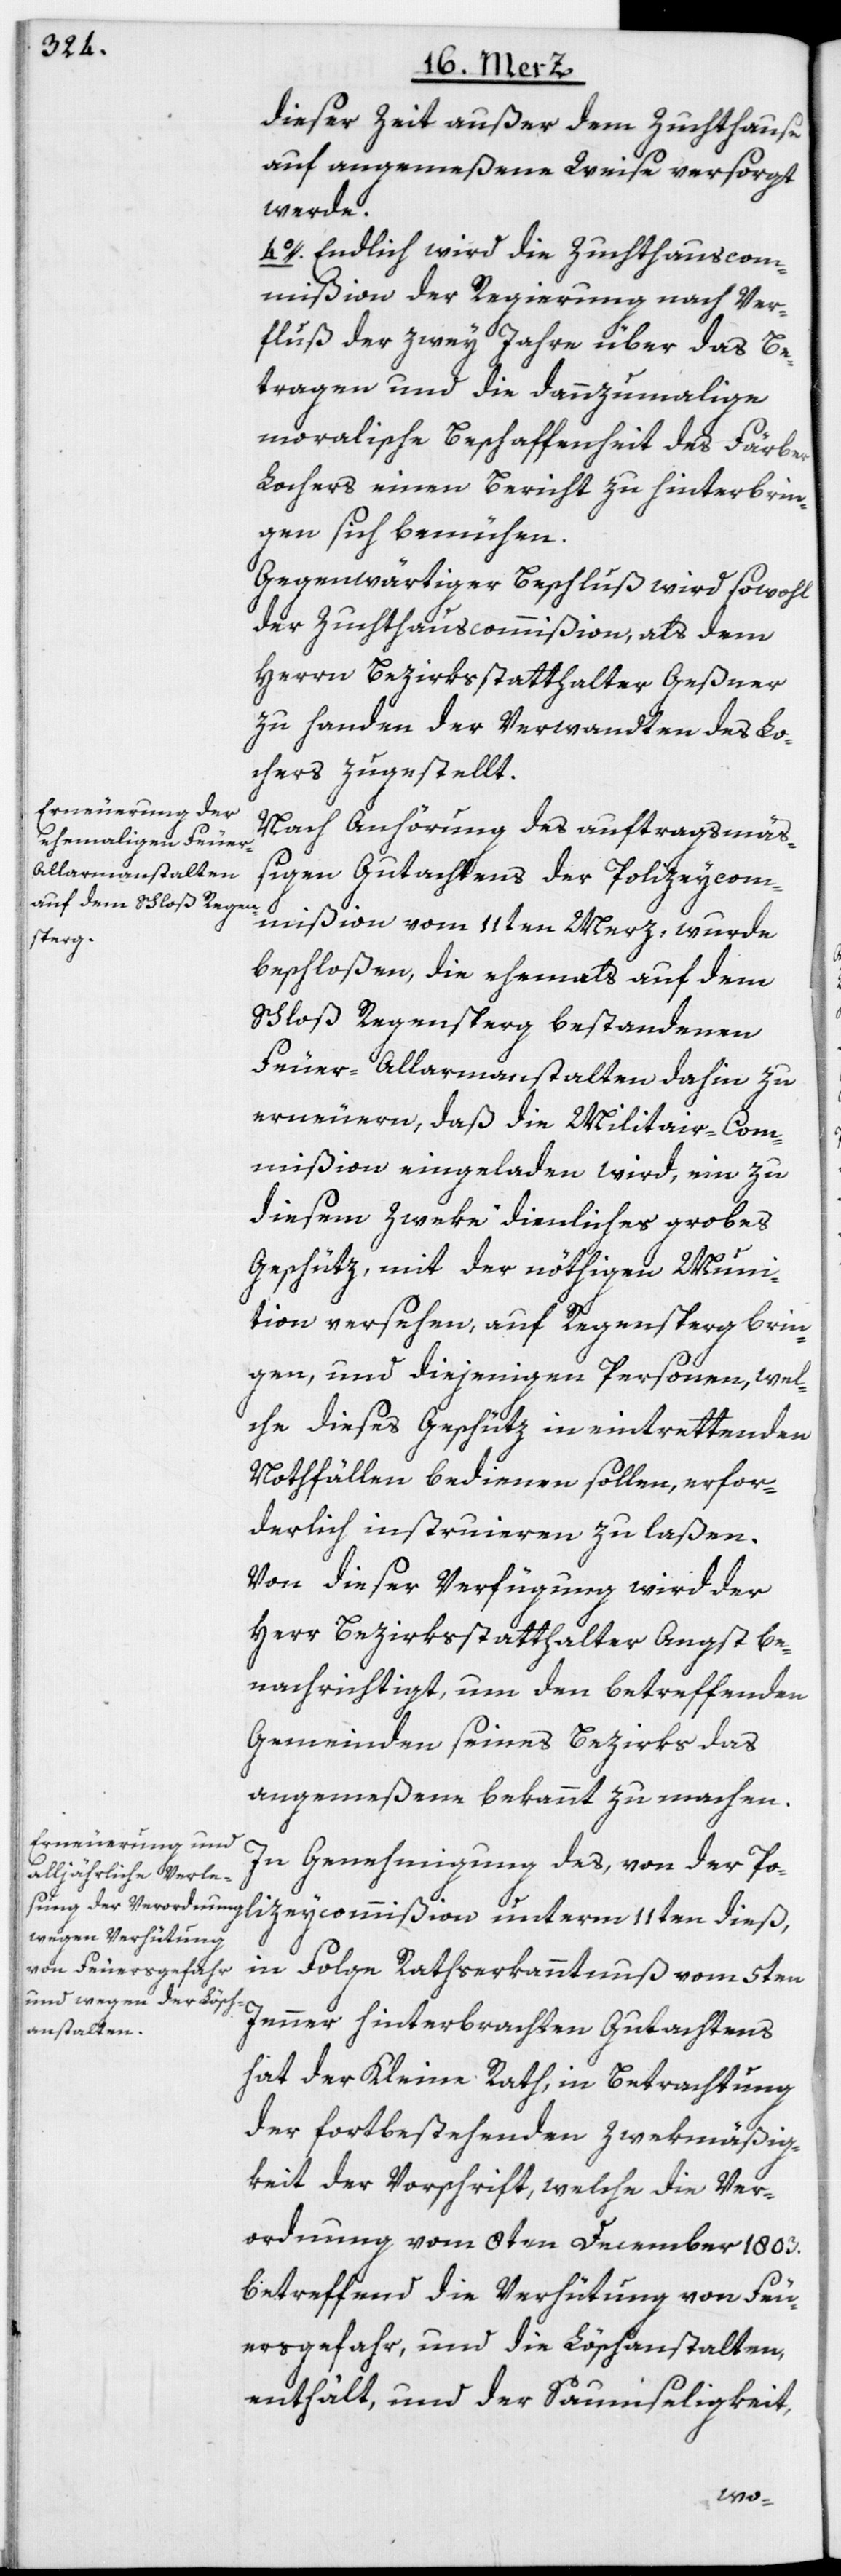
dieser Zeit außer dem Zuchthause
auf angemeßene Weise versorgt
werde.
4o. Endlich wird die Zuchthauscom¬
mißion der Regierung nach Ver¬
fluß der zwey Jahre über das Be¬
tragen und die dannzumalige
moralische Beschaffenheit des Färber
Lochers einen Bericht zu hinterbrin¬
gen sich bemühen.
Gegenwärtiger Beschluß wird sowohl
der Zuchthauscommißion, als dem
Herrn Bezirksstatthalter Geßner
zu handen der Verwandten des Lo¬
chers zugestellt.
Nach Anhörung des auftragsmäß¬
igen Gutachtens der Polizeycom¬
mißion vom 11ten Merz, wurde
beschloßen, die ehemals auf dem
Schloß Regensperg bestandenen
Feuer-Allarmanstalten dahin zu
erneuern, daß die Militair-Com¬
mißion eingeladen wird, ein zu
diesem Zweke dienliches grobes
Geschütz, mit der nöthigen Muni¬
tion versehen, auf Regensperg brin¬
gen, und diejenigen Personen, wel¬
che dieses Geschütz in eintrettenden
Nothfällen bedienen sollen, erfor¬
derlich instruieren zu laßen.
Von dieser Verfügung wird der
Herr Bezirksstatthalter Angst be¬
nachrichtigt, um den betreffenden
Gemeinden seines Bezirks das
angemeßene bekannt zu machen.
In Genehmigung des, von der Po¬
in Folge Rathserkanntnuß vom 5ten
Jenner hinterbrachten Gutachtens
hat der Kleine Rath, in Betrachtung
der fortbestehenden Zwekmäßig¬
keit der Vorschrift, welche die Ver¬
ordnung vom 8ten December 1803.
betreffend die Verhütung von Feu¬
ersgefahr, und die Löschanstalten,
enthält, und der Saumseligkeit,
dieß,